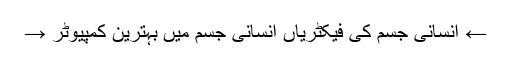
← اِنسانی جسم کی فیکٹریاں انسانی جسم میں بہترین کمپیوٹر →